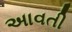
અાવતી